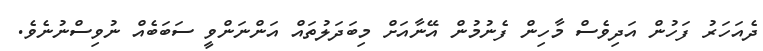
ދެއަހަރު ފަހުން އަދިވެސް މާހިން ފެނުމުން އޭނާއަށް މިބަދަލުތައް އަންނަންވީ ސަބަބެއް ނުވިސްނުނެވެ.